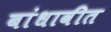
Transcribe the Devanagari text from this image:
बांधावीत